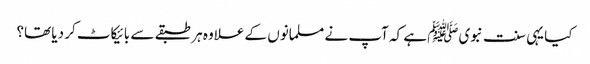
کیا یہی سنت نبویﷺ ہے کہ آپ نے مسلمانوں کے علاوہ ہر طبقے سے بائیکاٹ کر دیا تھا؟